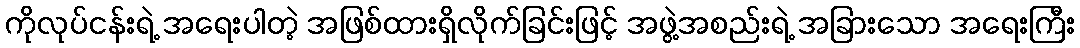
ကိုလုပ်ငန်းရဲ့ အရေးပါတဲ့ အဖြစ်ထားရှိလိုက်ခြင်းဖြင့် အဖွဲ့အစည်းရဲ့ အခြားသော အရေးကြီး